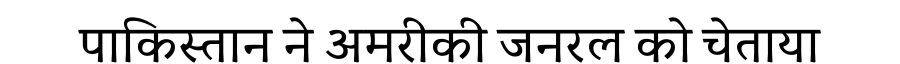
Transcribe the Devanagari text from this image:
पाकिस्तान ने अमरीकी जनरल को चेताया